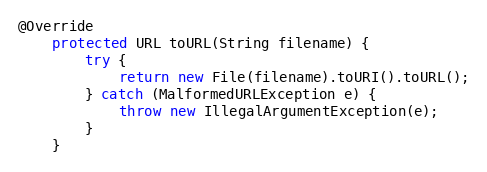
Language: Java
@Override
    protected URL toURL(String filename) {
        try {
            return new File(filename).toURI().toURL();
        } catch (MalformedURLException e) {
            throw new IllegalArgumentException(e);
        }
    }